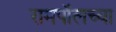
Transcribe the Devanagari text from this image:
रामपॉलच्या